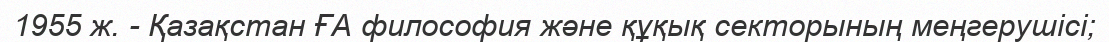
1955 ж. - Қазақстан ҒА философия және құқық секторының меңгерушісі;